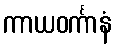
ကာယဝင်္ကာနံ